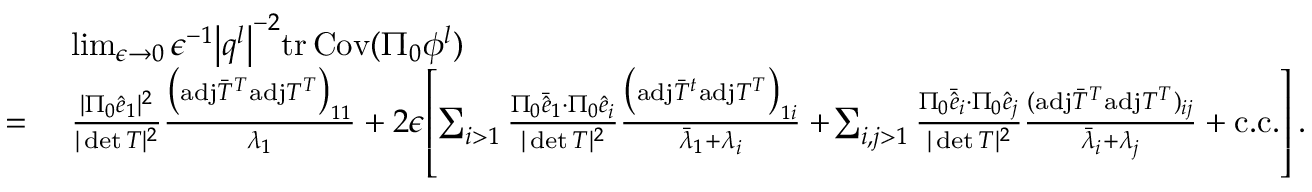
\begin{array} { r l } & { ~ \operatorname* { l i m } _ { \epsilon \rightarrow 0 } \epsilon ^ { - 1 } \big \vert \boldsymbol { q } ^ { l } \big \vert ^ { - 2 } \mathrm { t r } \, { \mathrm { C o v } ( \Pi _ { 0 } { \phi } ^ { l } ) } } \\ { = } & { ~ \frac { \vert \Pi _ { 0 } \hat { e } _ { 1 } \vert ^ { 2 } } { \vert \operatorname* { d e t } T \vert ^ { 2 } } \frac { \big ( \mathrm { a d j } \bar { T } ^ { T } \mathrm { a d j } T ^ { T } \big ) _ { 1 1 } } { \lambda _ { 1 } } + 2 \epsilon \! \left[ \sum _ { i > 1 } \frac { \Pi _ { 0 } \bar { \hat { e } } _ { 1 } \cdot \Pi _ { 0 } \hat { e } _ { i } } { \vert \operatorname* { d e t } T \vert ^ { 2 } } \frac { \big ( \mathrm { a d j } \bar { T } ^ { t } \mathrm { a d j } T ^ { T } \big ) _ { 1 i } } { \bar { \lambda } _ { 1 } + \lambda _ { i } } + \! \sum _ { i , j > 1 } \frac { \Pi _ { 0 } \bar { \hat { e } } _ { i } \cdot \Pi _ { 0 } \hat { e } _ { j } } { \vert \operatorname* { d e t } T \vert ^ { 2 } } \frac { ( \mathrm { a d j } \bar { T } ^ { T } \mathrm { a d j } T ^ { T } ) _ { i j } } { \bar { \lambda } _ { i } + \lambda _ { j } } + \mathrm { c . c . } \right] . } \end{array}